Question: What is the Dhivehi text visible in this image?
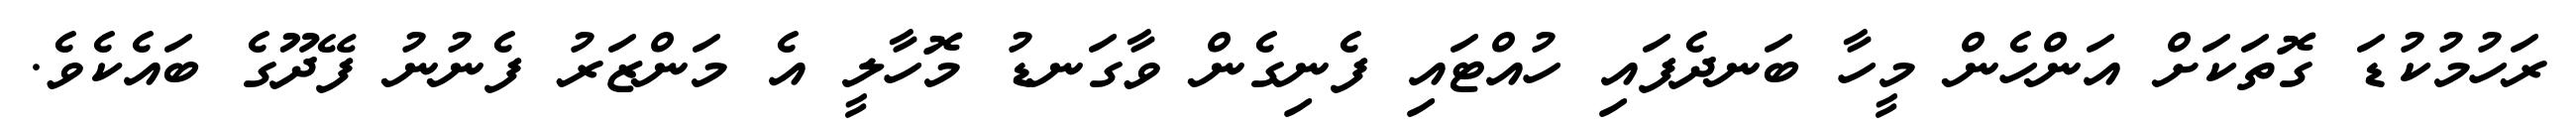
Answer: ރަހުމުކުޑަ ގޮތަކަށް އަންހެން މީހާ ބަނދެފައި ހުއްޓައި ފެނިގެން ވާގަނޑު މޮހާލީ އެ މަންޒަރު ފެނުނު ފޭދޫގެ ބައެކެވެ.